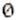
0